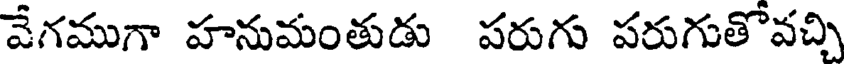
వేగముగా హనుమంతుడు పరుగు పరుగుతోవచ్చి